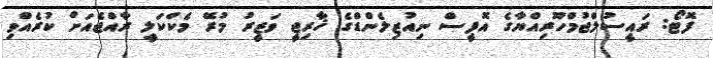
ފޮޓޯ: ރައީސުލްޖުމްހޫރިއްޔާގެ އޮފީސް ނިއުޒިލެންޑްގެ ޚާރިޖީ ވަޒީރު މުރޭ މެކްކަލީ ރާއްޖެއަށް ކުރެއްވި